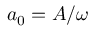
a _ { 0 } = A / \omega